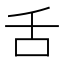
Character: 舌